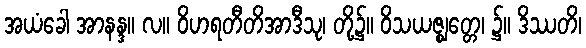
အယံခေါ အာနန္ဒ။ လ။ ဝိဟရတီတိအာဒီသု၊ တို့၌။ ဝိသယဇ္ဈတ္တေ၊ ၌။ ဒိဿတိ၊